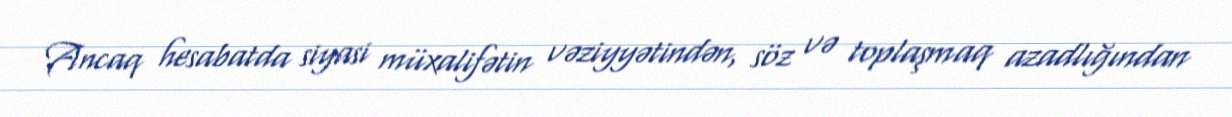
Ancaq hesabatda siyasi müxalifətin vəziyyətindən, söz və toplaşmaq azadlığından